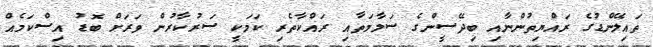
ތައިލޭންޑުގެ ރައްޔިތުންނާއި ބިދޭސީންގެ ސަލާމަތާއި ރައްކާތެރި ކަމަކީ ސަރުކާރުން ވަރަށް ބޮޑު އިސްކަމެއް